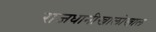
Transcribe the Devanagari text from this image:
राजधानीखालोखाल